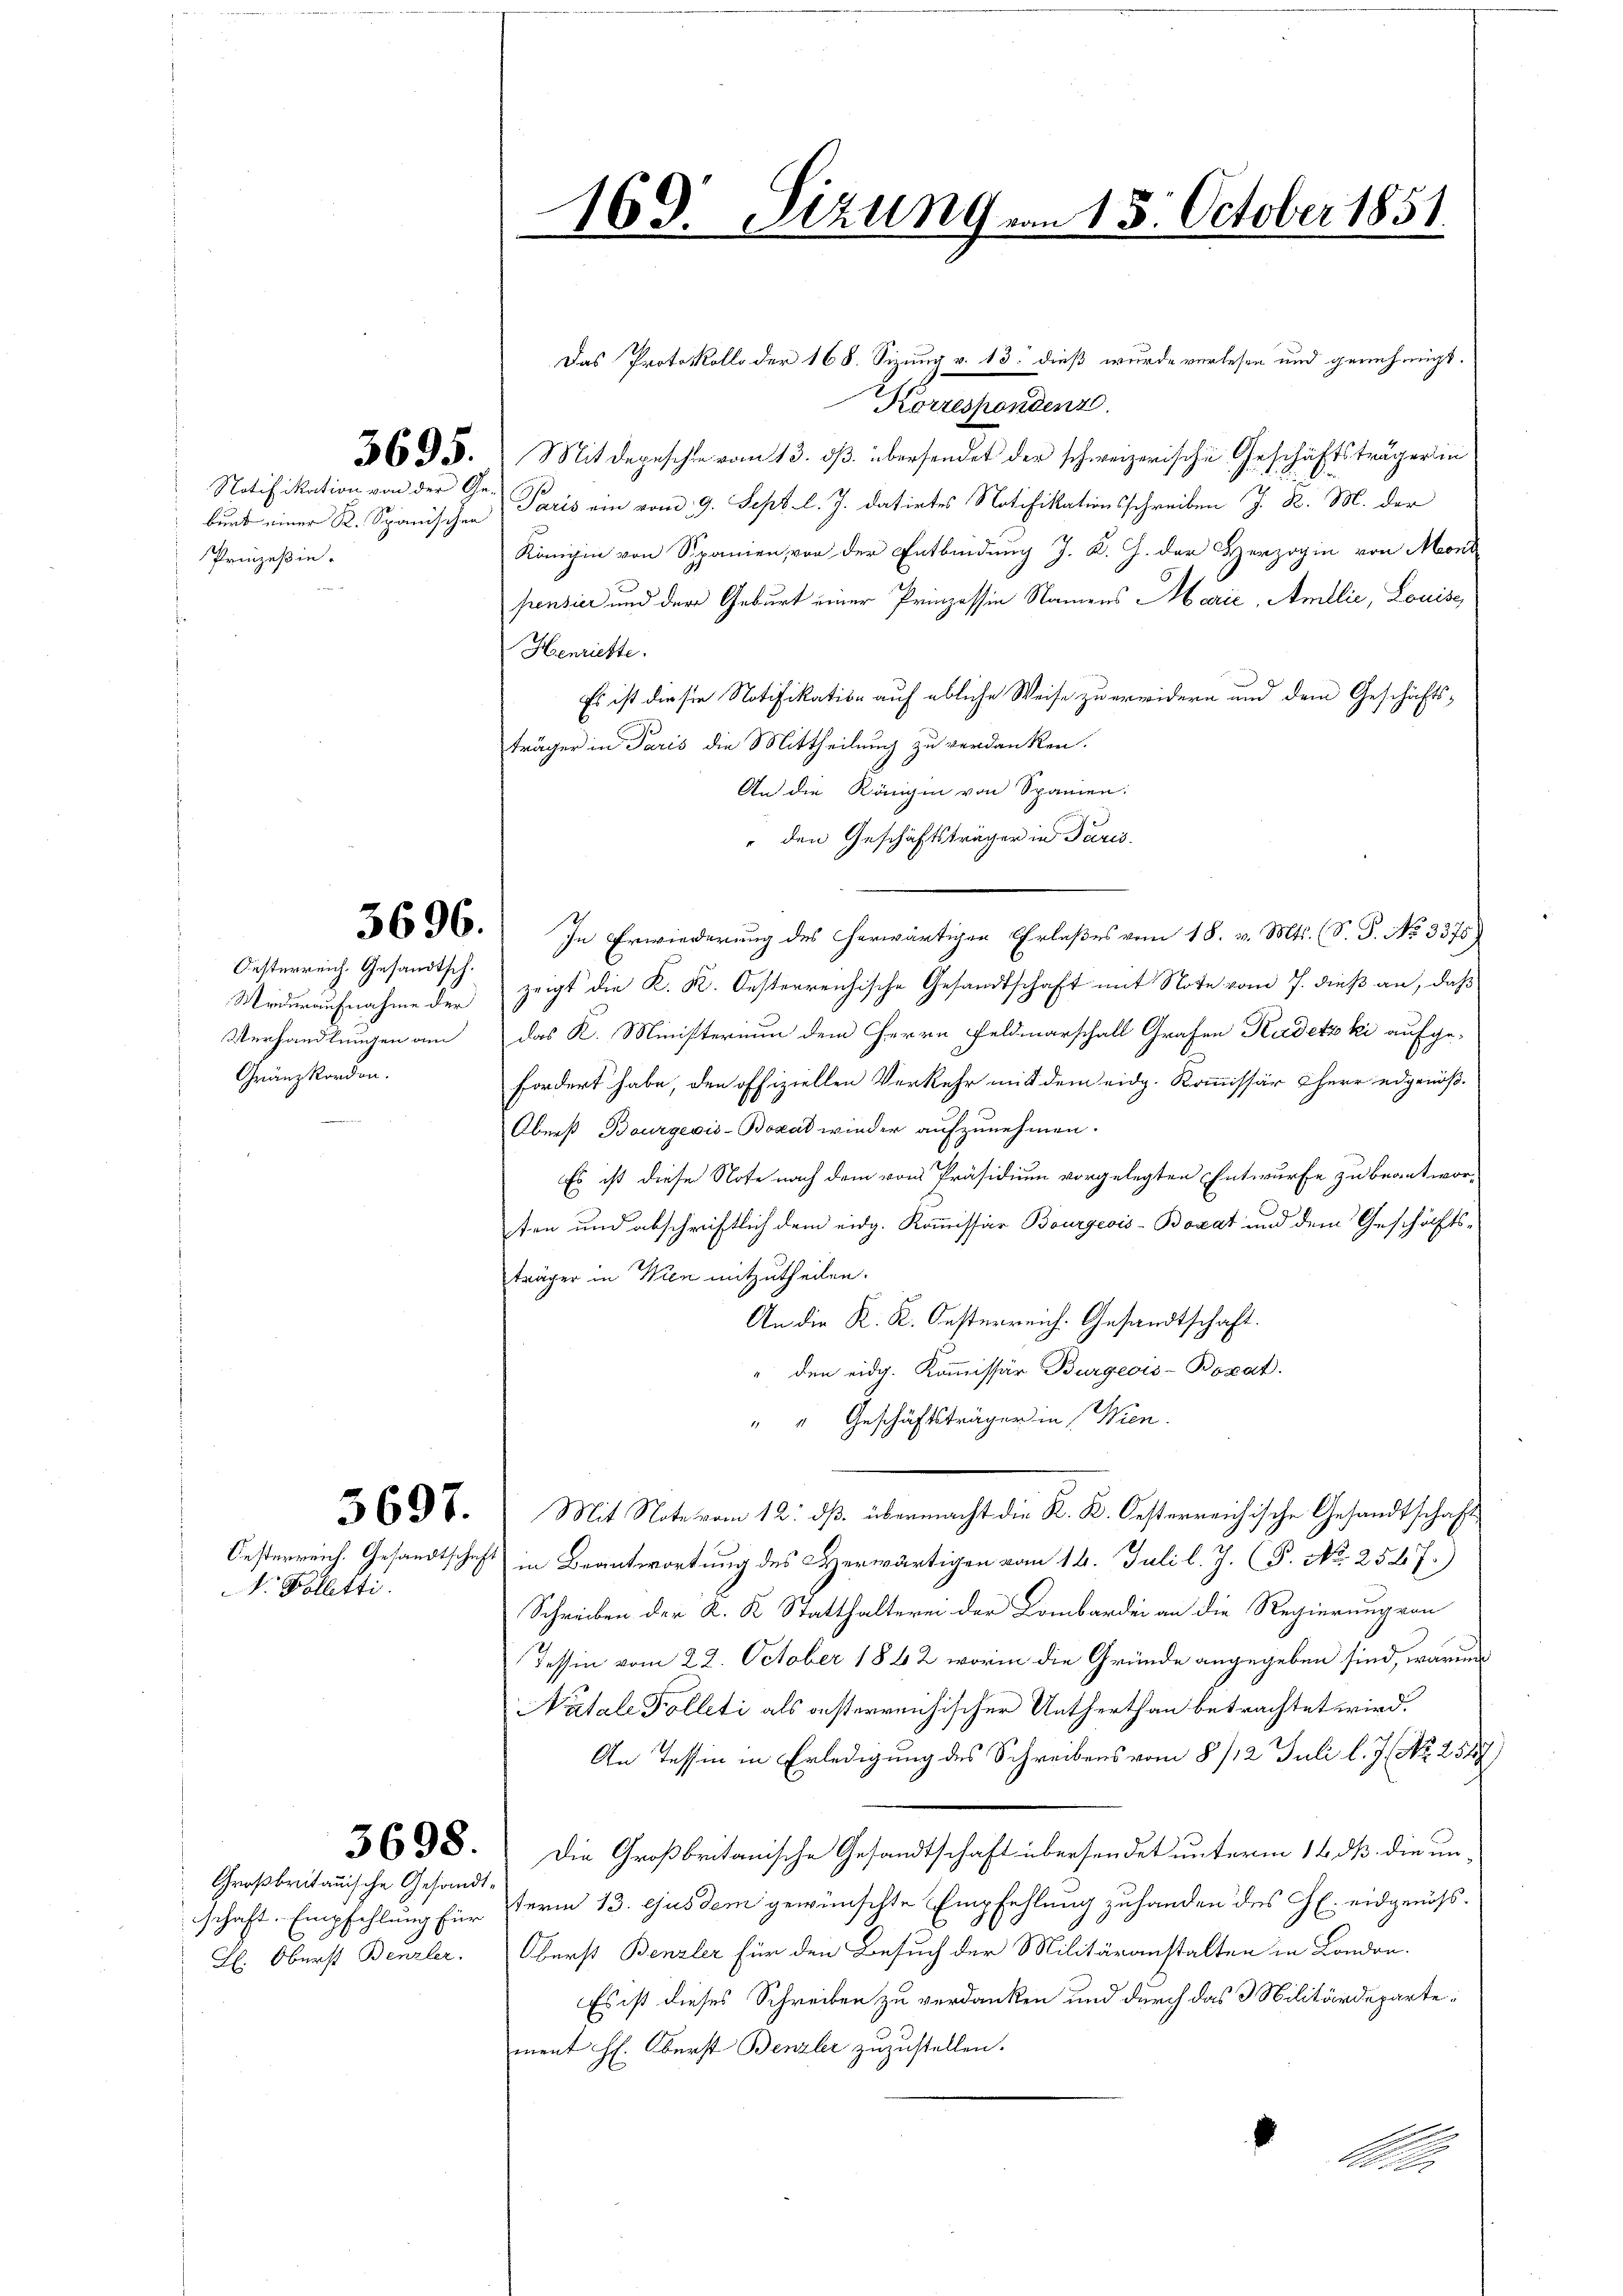
3695.

Notifikation von der Ge
burd einer K. Spanischen
Prinzeßin.

5696.

Oesterreich. Gesandtsch.
Mederaufnahme der
Verhandlungen am
Gränzkorden.

3697.

Oesterreich. Gesandtschaf
. Folletti.

3698.

Großbritanische Gesandtschaft. Empfehlung für
H. Oberst Benzler.

Das Protokolls der 168. Sizung v. 13. dieß wurde verlesen und genehmigt.
Korrespondenz
Mit Depesche vom 13. dß übersendet der schweizerische Geschäftsträgerin
Paris ein vom 9. Sept. l. J. datirtes Notifikationsschreiben J. R. M. der
Königin von Spanien, von der Entbindung J. K. H. der Herzogin von Mont
pensier und der Geburt einer Prinzessin Namens Marić, Amllić, Louise,
Henriette.
Es ist die sie Notifikation auf ebliche Weise zu erwidern und dem Geschäfts-
träger in Paris die Mittheilung zu verdanken.
An die Rängen von Spanien:
" den Geschäftsträger in Paris.
In Erwiederung des herwärtiger Erlaßes vom 18. v. Mts. (S. S. No 3375
zeigt die K. K. Oesterreichische Gesandtschaft mit Note vom 7. dieß an, daß
das K. Ministerium dem Herrn Feldmarschalt Grafen Kudetzki aufge-
fordert habe, den offiziellen Verkehr mit dem eidg. Kommissär Herr edgenöß¬
Oberst Bourgeois-Bozat wieder aufzunehmen.
Es ist diese Note nach dem von Präsidium vorgelegten Entwurfe zu beantworten und abschriftlich dem eidg. Kommissär Bourgeois-Borat und dem Geschäftsträger in Wien mitzutheilen.
An die K. K. Oesterreich. Gesandtschaft.
" den eidg. Kommissär Burgeois-Boxat.
" " Geschäftsträger in Wien.
Mit Note vom 12. dß übermacht die K. B. Oesterreichische Gesandtschaft
in Beantwortung des Herwärtigen vom 16. Juli l. J. (T. No 257.)
Schreiben der K. K. Statthaltere der Lombarden an die Regierung von
dessen vom 22. October 1842 worin die Gründe angegeben sind, warum
Natale Folleti als oesterreichischer Unterthan betrachtet wird.
An Tessin in Erledigung des Schreibens vom 8/12. Juli l. J. No. 2327
Die Großbritanische Gesandtschaft übersendet unterm 14. dß. die unterm 13. Gusdem gewünschte Empfehlung zuhanden des G. eidgenöss¬
Oberst Benzler für den Besuch der Militäranstalten in London.
Es ist dieses Schreiben zu verdanken und durch das 3 Militärdepartement H. Oberst Benzler zuzustellen.
Aller

169. Sitzung vom 13. October 1851.